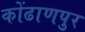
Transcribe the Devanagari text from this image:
कोंढाणपुर